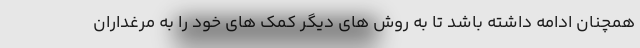
همچنان ادامه داشته باشد تا به روش های دیگر کمک های خود را به مرغداران